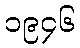
၁၉၄၆